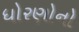
ધોરણોનો